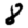
Digit: 8